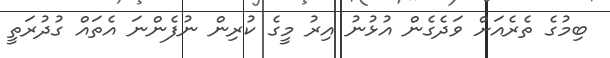
ބިމުގެ ތެރެއަށް ވަދެގެން އުޅުނު އިރު މީގެ ކުރިން ނުފެންނަ އެތައް ގުދުރަތީ